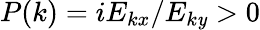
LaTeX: P(k)=iE_{kx}/E_{k\mathit{y}}>0